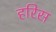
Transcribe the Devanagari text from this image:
हरिस